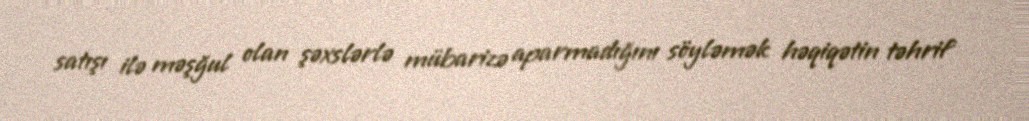
satışı ilə məşğul olan şəxslərlə mübarizə aparmadığını söyləmək həqiqətin təhrif